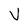
Character: V